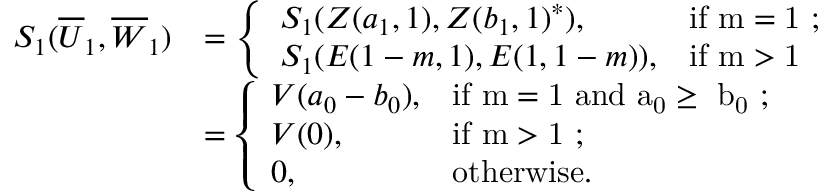
\begin{array} { r l } { S _ { 1 } ( \overline { { U } } _ { 1 } , \overline { { W } } _ { 1 } ) } & { = \left\{ \begin{array} { l l } { S _ { 1 } ( Z ( a _ { 1 } , 1 ) , Z ( b _ { 1 } , 1 ) ^ { * } ) , } & { \mathrm { i f ~ m = 1 ~ ; } } \\ { S _ { 1 } ( E ( 1 - m , 1 ) , E ( 1 , 1 - m ) ) , } & { \mathrm { i f ~ m > 1 ~ } } \end{array} \right. } \\ & { = \left\{ \begin{array} { l l } { V ( a _ { 0 } - b _ { 0 } ) , } & { \mathrm { i f ~ m = 1 ~ a n d ~ a _ 0 \geq ~ b _ 0 ~ ; } } \\ { V ( 0 ) , } & { \mathrm { i f ~ m > 1 ~ } ; } \\ { 0 , } & { \mathrm { o t h e r w i s e . } } \end{array} \right. } \end{array}